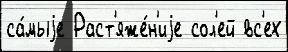
са́мыjе Раст'яже́н'иjе сол'ей вс'ех